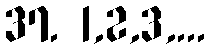
37. 1,2,3,...